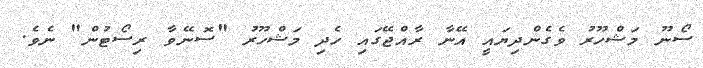
ސޯނޫ މަޝްހޫރު ވެގެންދިޔައީ އޭނާ ރާއްޖޭގައި ހެދި މަޝްހޫރު "ސޮނޭވާ ރިސޯޓުން" ނެވެ.